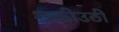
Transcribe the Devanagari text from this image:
शक्तीउठी